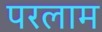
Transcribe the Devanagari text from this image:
परलाम